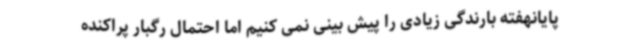
پایانهفته بارندگی زیادی را پیش بینی نمی کنیم اما احتمال رگبار پراکنده